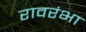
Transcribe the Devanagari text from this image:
रावरंभा